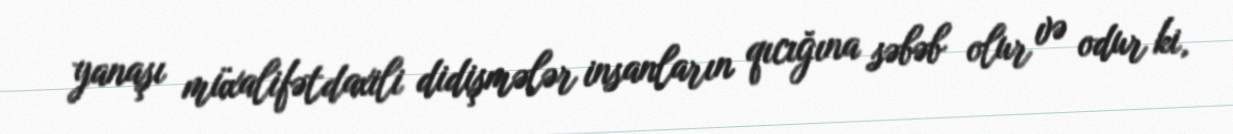
yanaşı müxalifətdaxili didişmələr insanların qıcığına səbəb olur və odur ki,